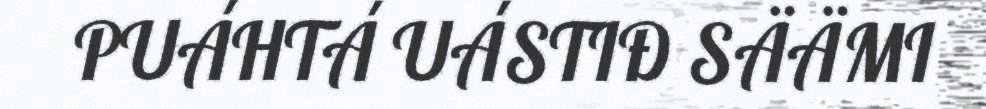
PUÁHTÁ UÁSTIĐ SÄÄMI